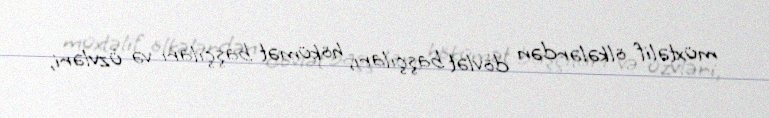
müxtəlif ölkələrdən dövlət başçıları, hökümət başçıları və üzvləri,